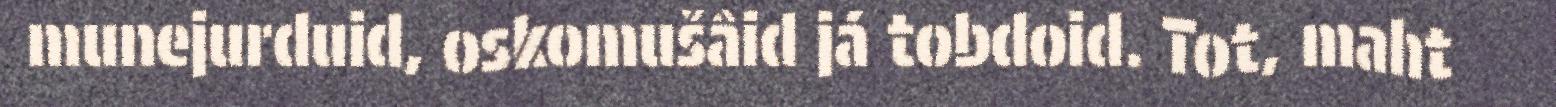
munejurduid, oskomušâid já tobdoid. Tot, maht